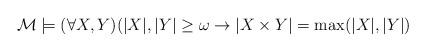
LaTeX: \begin{align*}\mathcal M\models (\forall X, Y)(|X|,|Y|\geq \omega \rightarrow |X \times Y| = \max(|X|, |Y|)\end{align*}